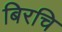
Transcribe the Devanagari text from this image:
बिरचि